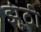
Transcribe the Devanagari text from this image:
झूंठी